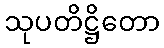
သုပတိဋ္ဌိတော